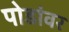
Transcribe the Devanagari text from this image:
पोडांवर